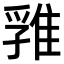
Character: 𨿚